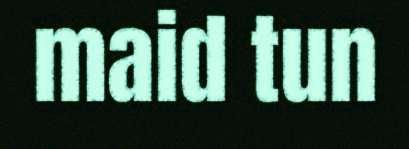
maid tun